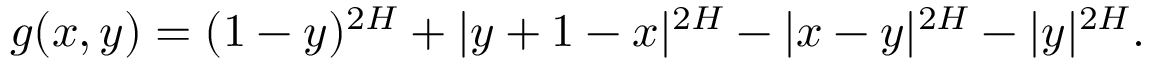
g ( x , y ) = ( 1 - y ) ^ { 2 H } + | y + 1 - x | ^ { 2 H } - | x - y | ^ { 2 H } - | y | ^ { 2 H } .